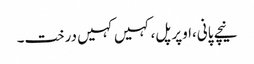
نیچے پانی،اوپر پل،کہیں کہیں درخت۔